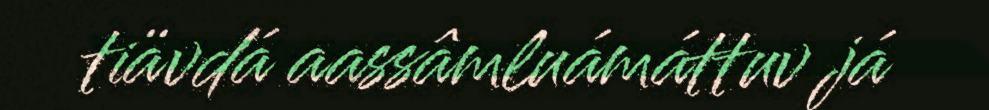
tiävdá aassâmluámáttuv já